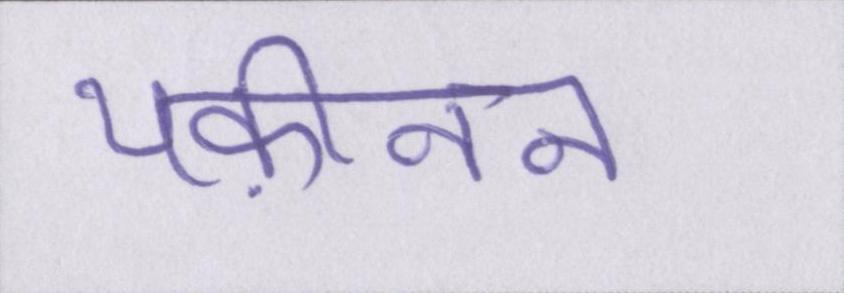
यक़ीनन